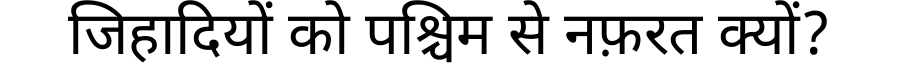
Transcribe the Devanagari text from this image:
जिहादियों को पश्चिम से नफ़रत क्यों?